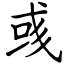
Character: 彧